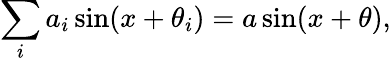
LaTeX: \sum_{i}a_{i}\sin(x+\theta_{i})=a\sin(x+\theta),